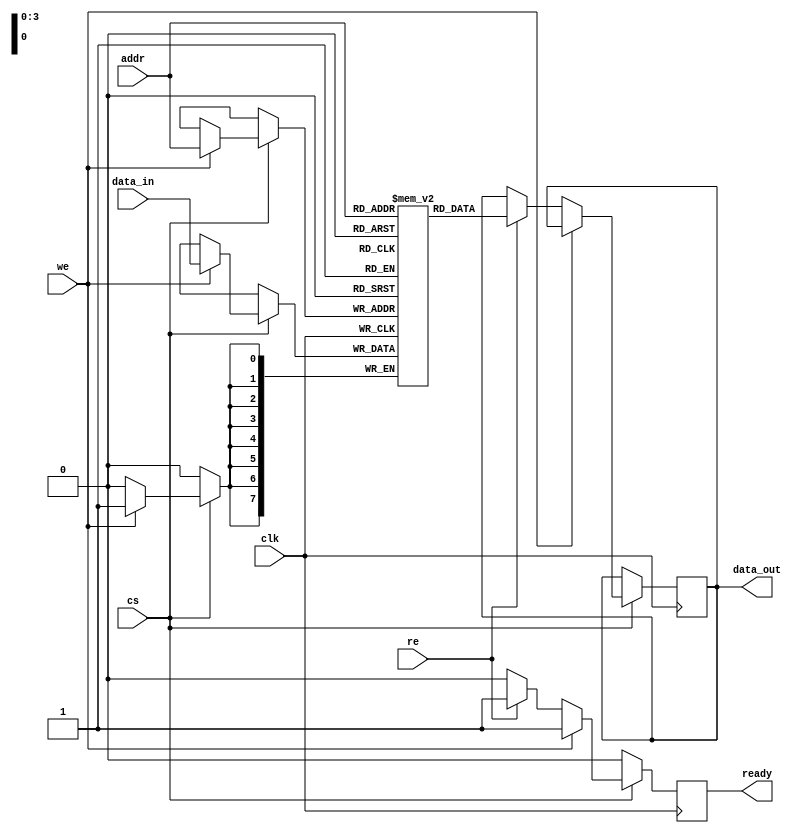
module mram_io_block #(
    parameter DATA_WIDTH = 8,  // Data width
    parameter ADDR_WIDTH = 4   // Address width
)(
    input wire clk,
    input wire cs,              // Chip Select
    input wire we,              // Write Enable
    input wire re,              // Read Enable
    input wire [ADDR_WIDTH-1:0] addr,  // Address input
    input wire [DATA_WIDTH-1:0] data_in, // Data input
    output reg [DATA_WIDTH-1:0] data_out, // Data output
    output reg ready            // Ready signal for operation
);

    // Internal memory array
    reg [DATA_WIDTH-1:0] mem [(2**ADDR_WIDTH)-1:0];

    // Input Buffer
    reg [DATA_WIDTH-1:0] input_buffer;
    
    // Read/Write Logic
    always @(posedge clk) begin
        if (cs) begin
            if (we) begin
                // Write operation
                mem[addr] <= data_in; // Write data to memory
                ready <= 1'b1;        // Indicate ready state after write
            end 
            else if (re) begin
                // Read operation
                data_out <= mem[addr]; // Read data from memory
                ready <= 1'b1;         // Indicate ready state after read
            end 
            else begin
                ready <= 1'b0;         // No valid operation
            end
        end 
        else begin
            ready <= 1'b0;             // Chip not selected
        end
    end

    // Address Decoding Logic (for demonstration)
    // Assuming simple direct mapping based on address size
    // More complex addressing can be implemented as needed

    // Power Management (simplified)
    reg power_state; // 0: active, 1: standby
    always @(posedge clk) begin
        if (cs) begin
            power_state <= 1'b0; // Active state when chip is selected
        end else begin
            power_state <= 1'b1; // Standby state when chip is not selected
        end
    end

    // Output signal integrity features (termination and differential signaling can be implemented in physical layout)
    // Here, we'll focus on functionality in the digital domain only

endmodule